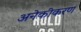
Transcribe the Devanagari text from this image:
अनेकीकरण